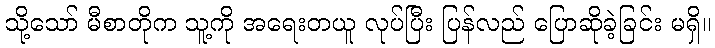
သို့သော် မီစာတိုက သူ့ကို အရေးတယူ လုပ်ပြီး ပြန်လည် ပြောဆိုခဲ့ခြင်း မရှိ။